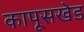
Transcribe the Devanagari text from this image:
कापूसखेड